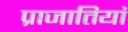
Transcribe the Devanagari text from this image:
प्राजातियां